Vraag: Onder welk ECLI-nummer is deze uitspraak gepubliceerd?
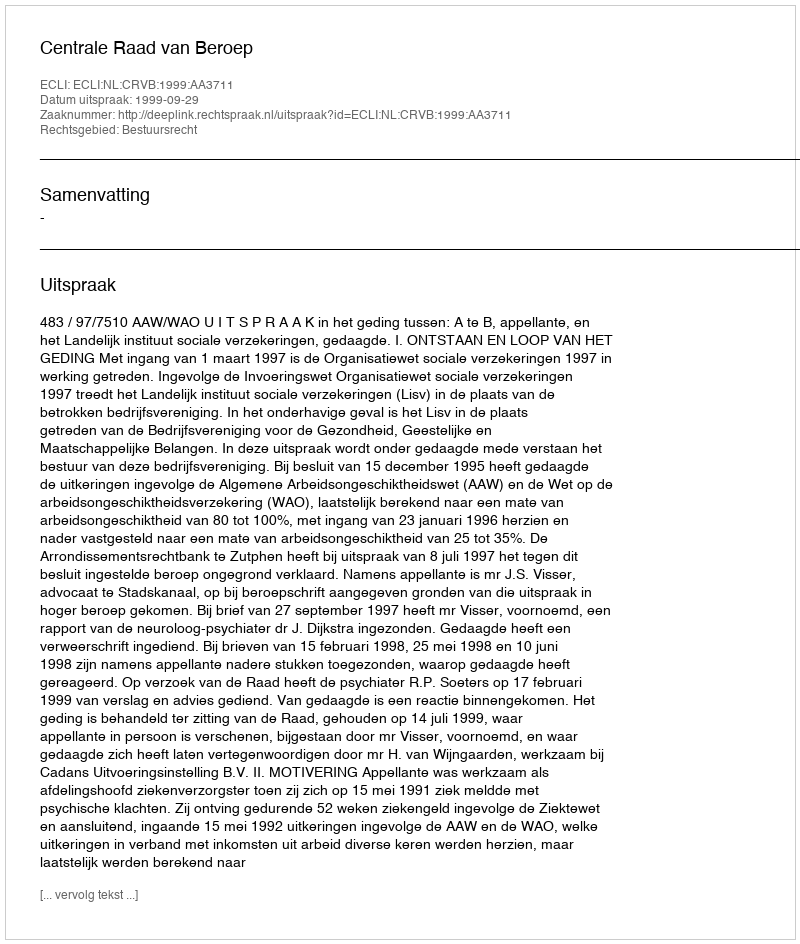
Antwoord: ECLI:NL:CRVB:1999:AA3711